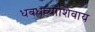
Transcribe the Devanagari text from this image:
धबधब्यांशिवाय